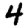
Digit: 4